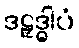
ဒဠှဒ္ဓါပံ